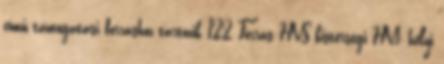
című támogatási forráshoz tartozik 122 Forrás:HVS kistérségi HVI, helyi